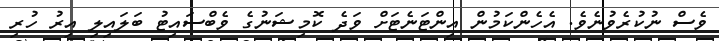
ވެސް ނުކުރެވުނެވެ. އެހެންކަމުން އިންޓަނެޓަށް ވަދެ ކޮމިޝަނުގެ ވެބްސައިޓު ބަލައިލި އިރު ހުރި